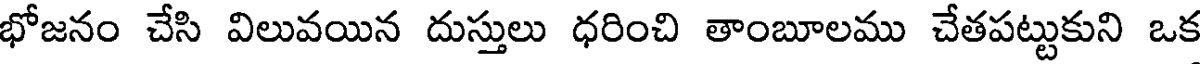
భోజనం చేసి విలువయిన దుస్తులు ధరించి తాంబూలము చేతపట్టుకుని ఒక